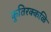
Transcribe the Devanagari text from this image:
कुतिरक्कळि